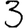
Digit: 3